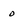
Character: d